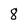
Character: 8